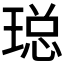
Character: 𮴨